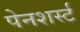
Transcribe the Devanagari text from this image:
पेनशर्स्ट